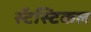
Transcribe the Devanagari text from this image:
स्टॅस्टिकल